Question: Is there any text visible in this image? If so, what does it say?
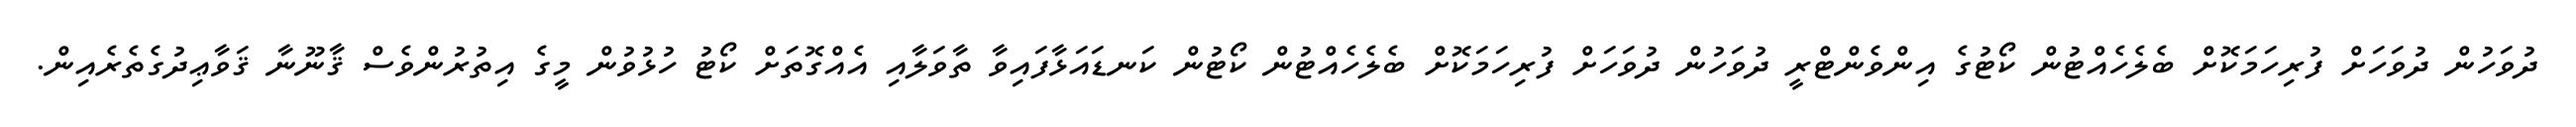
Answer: ދުވަހުން ދުވަހަށް ފުރިހަމަކޮށް ބެލެހެއްޓުން ކޯޓުގެ އިންވެންޓްރީ ދުވަހުން ދުވަހަށް ފުރިހަމަކޮށް ބެލެހެއްޓުން ކޯޓުން ކަނޑައަޅާފައިވާ ތާވަލާއި އެއްގޮތަށް ކޯޓު ހުޅުވުން މީގެ އިތުރުންވެސް ޤާނޫނާ ޤަވާޢިދުގެތެރެއިން.